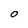
Character: O